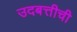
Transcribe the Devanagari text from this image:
उदबत्तीची